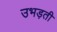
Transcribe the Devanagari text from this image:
उभड़ती